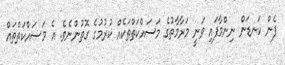
ފެން ކަނޑަން ނިންމާފައި ވަނީ މަރާމާތުގެ މަސައްކަތްތަކެއް ކުރުމުގެ ގޮތުންނެވެ. އެ މަސައްކަތްތައް